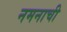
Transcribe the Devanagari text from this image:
नमनाची